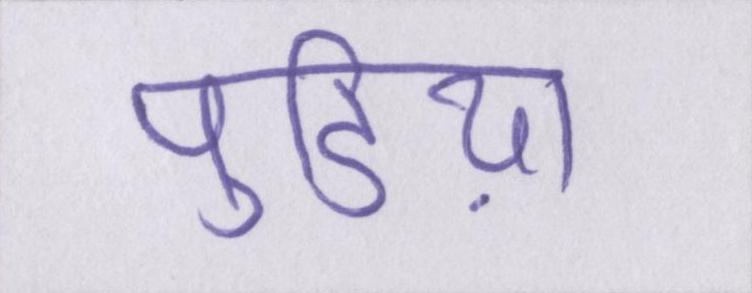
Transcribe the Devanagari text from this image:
पुडिय़ा